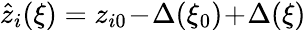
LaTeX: \hat{z}_{i}(\xi)=z_{i0}\! -\! \Delta(\xi_{0})\! +\! \Delta(\xi)